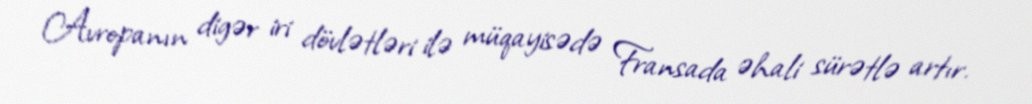
Avropanın digər iri dövlətləri ilə müqayisədə Fransada əhali sürətlə artır.